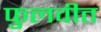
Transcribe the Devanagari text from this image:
फुलवीत